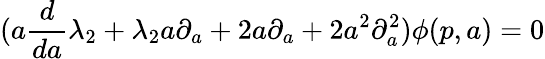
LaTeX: (a\frac{d}{da}\lambda_{2}+\lambda_{2}a\partial_{a}+2a\partial_{a}+2a^{2}\partial_{a}^{2})\phi(p,a)=0